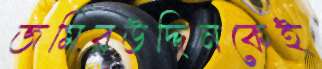
জমিরউদ্দিনকেই